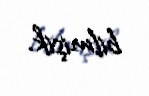
bilmişik.